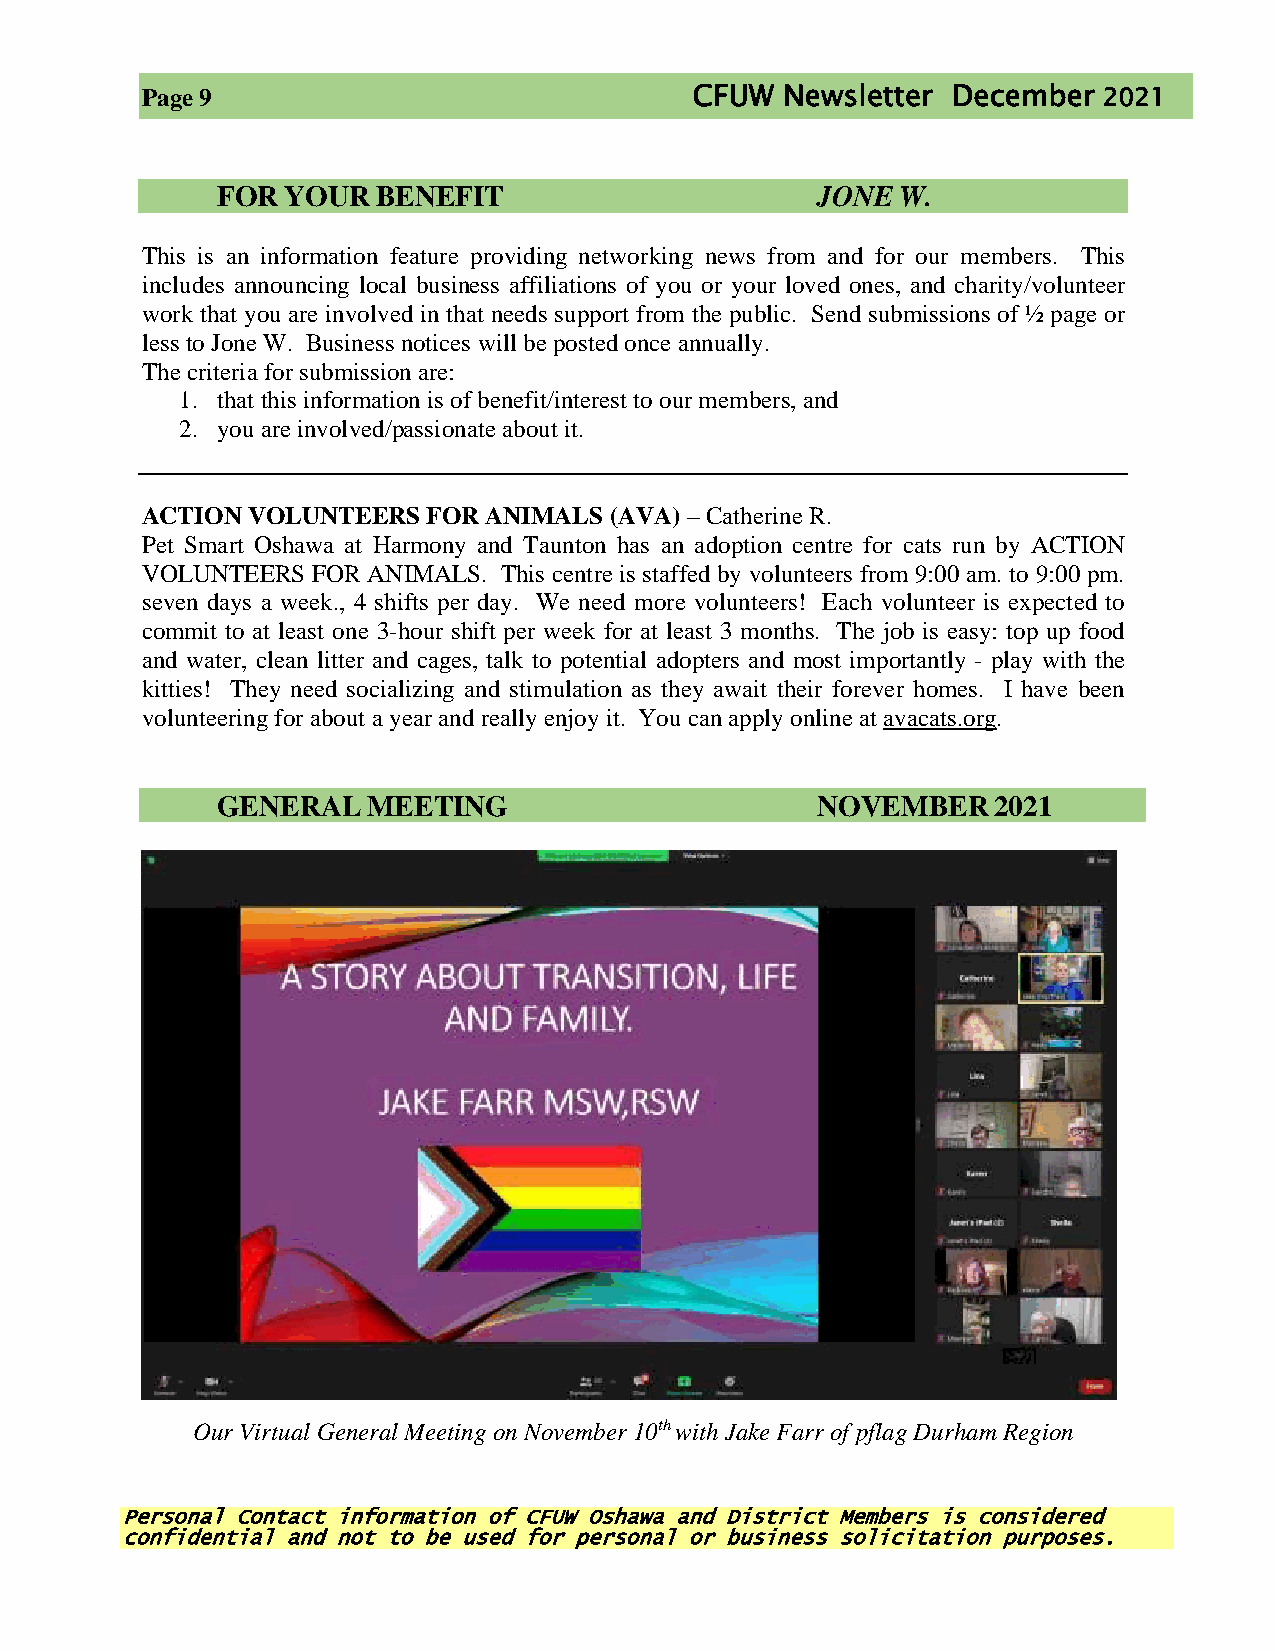
Page 9                               CFUW  Newsletter December  2021
 FOR  YOUR  BENEFIT                      JONE  W.
 This is an information feature providing networking news from and for our members. This
 includes announcing local business affiliations of you or your loved ones, and charity/volunteer
 work that you are involved in that needs support from the public. Send submissions of ½ page or
 less to Jone W. Business notices will be posted once annually.
 The criteria for submission are:
 1. that this information is of benefit/interest to our members, and
 2. you are involved/passionate about it.
 ACTION VOLUNTEERS  FOR ANIMALS (AVA) – Catherine R.
 Pet Smart Oshawa at Harmony and Taunton has an adoption centre for cats run by ACTION
 VOLUNTEERS  FOR ANIMALS. This centre is staffed by volunteers from 9:00 am. to 9:00 pm.
 seven days a week., 4 shifts per day. We need more volunteers! Each volunteer is expected to
 commit to at least one 3-hour shift per week for at least 3 months. The job is easy: top up food
 and water, clean litter and cages, talk to potential adopters and most importantly - play with the
 kitties! They need socializing and stimulation as they await their forever homes. I have been
 volunteering for about a year and really enjoy it. You can apply online at avacats.org.
 GENERAL   MEETING                       NOVEMBER    2021
 Our Virtual General Meeting on November 10th with Jake Farr of pflag Durham Region
 Personal Contact information of CFUW Oshawa and District Members is considered
 confidential and not to be used for personal or business solicitation purposes.